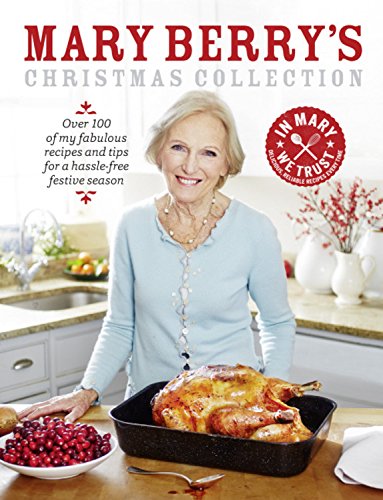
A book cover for Mary Berry's Christmas Collection; Mary Berry; Cookbooks, Food & Wine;